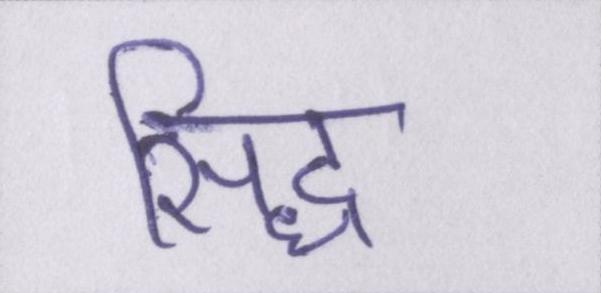
सिद्ध